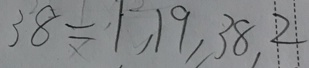
3 8 = 1 , 1 9 , 3 8 , 2